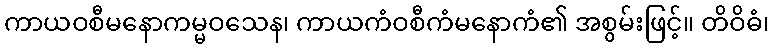
ကာယဝစီမနောကမ္မဝသေန၊ ကာယကံဝစီကံမနောကံ၏ အစွမ်းဖြင့်။ တိဝိဓံ၊